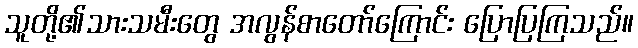
သူတို့၏သားသမီးတွေ အလွန်စာတော်ကြောင်း ပြောပြကြသည်။